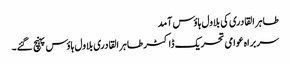
طاہر القادری کی بلاول ہاؤس آمد
سربراہ عوامی تحریک ڈاکٹر طاہر القادری بلاول ہاؤس پہنچ گئے۔